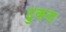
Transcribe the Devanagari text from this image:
टुकना